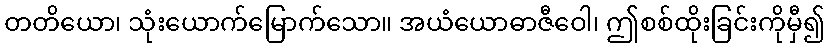
တတိယော၊ သုံးယောက်မြောက်သော။ အယံယောဓာဇီဝေါ၊ ဤစစ်ထိုးခြင်းကိုမှီ၍